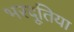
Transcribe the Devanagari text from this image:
भरदूतिया